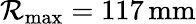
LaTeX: \mathcal{R}_{\mathrm{{max}}}=117\, \mathrm{{mm}}